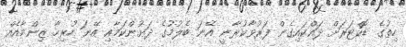
ހިތުގެ ޑޮކްޓަރަށް ދައްކައިގެން ފަރުވާކުރާނީ އޭނަ ބެލުމުގެ ދަށުންކަމާއި އޭނަ ހުރިހާ ޒިންމާއެއް